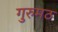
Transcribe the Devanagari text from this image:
गुरुमठ